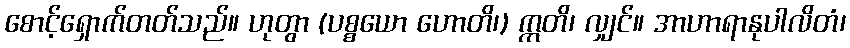
စောင့်ရှောက်တတ်သည်။ ဟုတွာ (ပစ္စယော ဟောတိ၊) ဣတိ၊ လျှင်။ အာဟာရာနုပါလိတံ၊